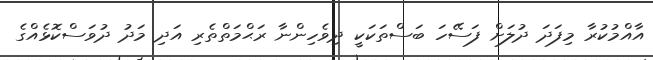
އާއްމުކުރާ މިފަދަ ދުލަށް ފަސޭހަ ބަސްތަކަކީ ދިވެހިންނާ ރަޙްމަތްތެރި އަދި މަދު ދުވަސްކޮޅެއްގެ